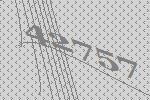
42757